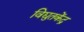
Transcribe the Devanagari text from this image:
विद्युतकेंद्र